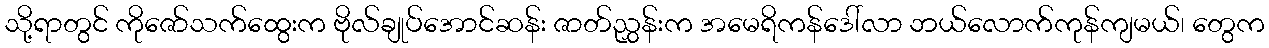
သို့ရာတွင် ကိုဇော်သက်ထွေးက ဗိုလ်ချုပ်အောင်ဆန်း ဇာတ်ညွှန်းက အမေရိကန်ဒေါ်လာ ဘယ်လောက်ကုန်ကျမယ်၊ တွေက